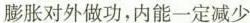
膨胀对外做功，内能一定减少